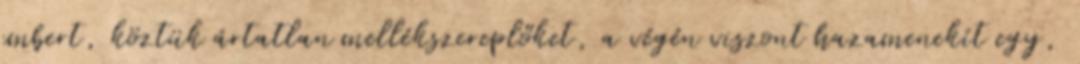
embert, köztük ártatlan mellékszereplőket, a végén viszont hazamenekít egy,